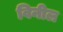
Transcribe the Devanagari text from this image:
विनील